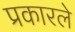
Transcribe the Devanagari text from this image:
प्रकारले